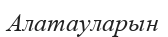
Алатауларын